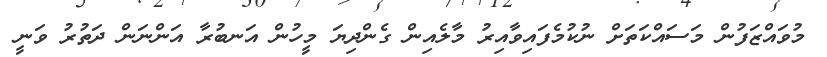
މުވައްޒަފުން މަސައްކަތަށް ނުކުމެފައިވާއިރު މާލެއިން ގެންދިޔަ މީހުން އަނބުރާ އަންނަން ދަތުރު ވަނީ